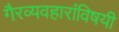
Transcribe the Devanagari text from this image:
गैरव्यवहारांविषयी